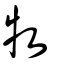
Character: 牧